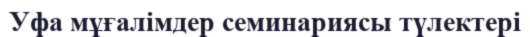
Уфа мұғалімдер семинариясы түлектері